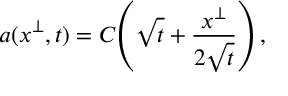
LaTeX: a ( x ^ { \perp } , t ) = C \! \left( \sqrt { t } + \frac { x ^ { \perp } } { 2 \sqrt { t } } \right) ,